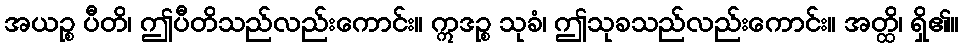
အယဉ္စ ပီတိ၊ ဤပီတိသည်လည်းကောင်း။ ဣဒဉ္စ သုခံ၊ ဤသုခသည်လည်းကောင်း။ အတ္ထိ၊ ရှိ၏။